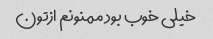
خیلی خوب بود ممنونم ازتون